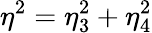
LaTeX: \eta^{2}=\eta_{3}^{2}+\eta_{4}^{2}